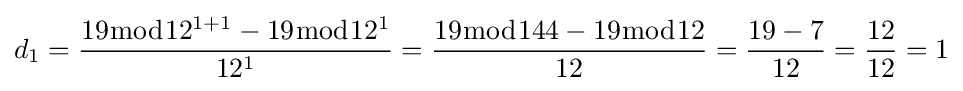
d_{1}={\frac {19{\bmod {12^{1+1}}}-19{\bmod {1}}2^{1}}{12^{1}}}={\frac {19{\bmod {144}}-19{\bmod {1}}2}{12}}={\frac {19-7}{12}}={\frac {12}{12}}=1